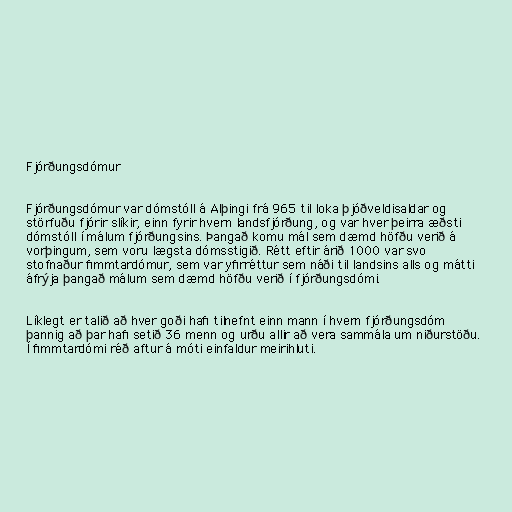
Fjórðungsdómur

Fjórðungsdómur var dómstóll á Alþingi frá 965 til loka þjóðveldisaldar og
störfuðu fjórir slíkir, einn fyrir hvern landsfjórðung, og var hver þeirra æðsti
dómstóll í málum fjórðungsins. Þangað komu mál sem dæmd höfðu verið á
vorþingum, sem voru lægsta dómsstigið. Rétt eftir árið 1000 var svo
stofnaður fimmtardómur, sem var yfirréttur sem náði til landsins alls og mátti
áfrýja þangað málum sem dæmd höfðu verið í fjórðungsdómi.

Líklegt er talið að hver goði hafi tilnefnt einn mann í hvern fjórðungsdóm
þannig að þar hafi setið 36 menn og urðu allir að vera sammála um niðurstöðu.
Í fimmtardómi réð aftur á móti einfaldur meirihluti.